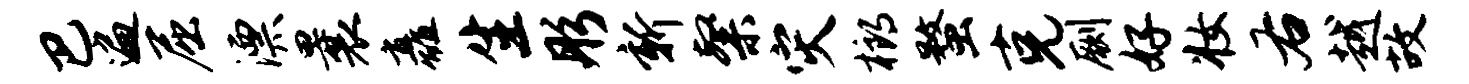
巴遍屈漂曩矗生彤新粲灾榔蝥克劂好妆右越故